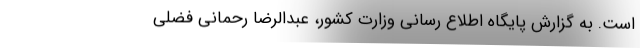
است. به گزارش پایگاه اطلاع رسانی وزارت کشور، عبدالرضا رحمانی فضلی